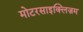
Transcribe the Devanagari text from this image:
मोटरसाइक्लिज़म